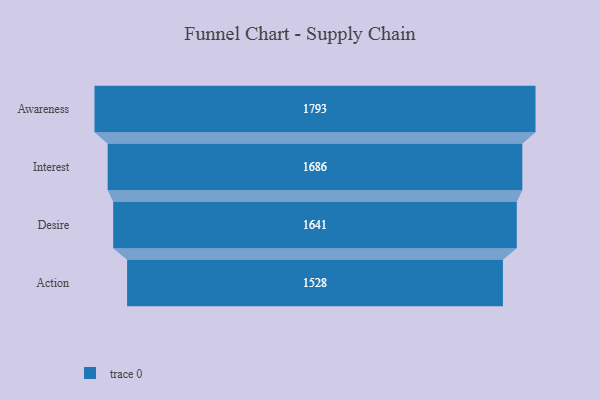
{"axis": {"x": "Stage", "y": "Value"}, "legend": [""], "data": [{"x": "Awareness", "y": 1793.0, "type": ""}, {"x": "Interest", "y": 1686.0, "type": ""}, {"x": "Desire", "y": 1641.0, "type": ""}, {"x": "Action", "y": 1528.0, "type": ""}]}